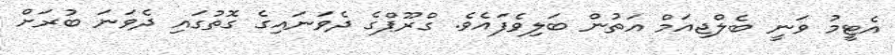
އެޓީމު ވަނީ ބެލްޖިއަމް އަތުން ބަލިވެފައެވެ. ގްރޫޕްގެ ދެވަނައިގެ ގޮތުގައި ދެވަނަ ބުރަށް